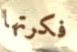
فكرتها